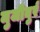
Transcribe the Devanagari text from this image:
मुजीबुर्र